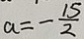
a = - \frac { 1 5 } { 2 }